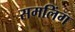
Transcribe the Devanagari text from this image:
समलिंग